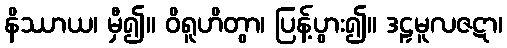
နိဿာယ၊ မှီ၍။ ဝိရူဟိတွာ၊ ပြန့်ပွား၍။ ဒဠှမူလဇဋာ၊